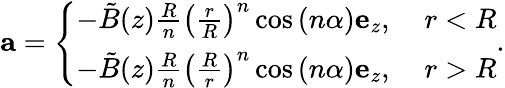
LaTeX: \mathbf{a}=\left\{ \begin{array}{ll}{-\tilde{B}(z)\frac{R}{n}\left(\frac{r}{R}\right)^{n}\cos\left(n\alpha\right)\mathbf{e}_{z},}&{\ r<R}\\ {-\tilde{B}(z)\frac{R}{n}\left(\frac{R}{r}\right)^{n}\cos\left(n\alpha\right)\mathbf{e}_{z},}&{\ r>R}\end{array}\right..